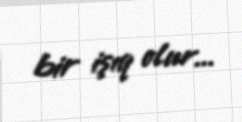
bir işıq olur...